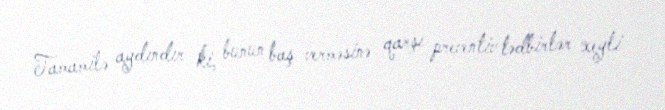
Tamamilə aydındır ki, bunun baş verməsinə qarşı preventiv tədbirlər xeyli